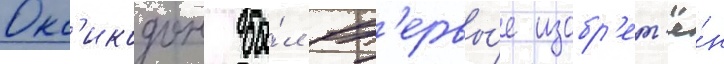
Окс'икодон бы́л вп'ервы́е изобр'ет'ё́н